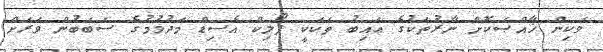
ވަކިން ޚާއްޞަކޮށް ނާރުތަކުގެ ޢައިބު ތަކަކީ ފޯލިކް އެސިޑް މަދުވުމުގެ ސަބަބުން ވަރަށް